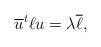
LaTeX: \begin{align*}\overline{u}^t\ell u=\lambda\overline{\ell}, \end{align*}